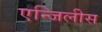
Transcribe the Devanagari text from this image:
एन्जिलीस